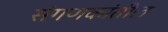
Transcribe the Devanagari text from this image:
संगणकांतील